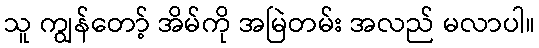
သူ ကျွန်တော့် အိမ်ကို အမြဲတမ်း အလည် မလာပါ။